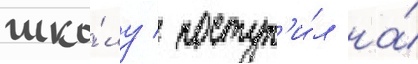
шко́лу / поступ'и́л на́